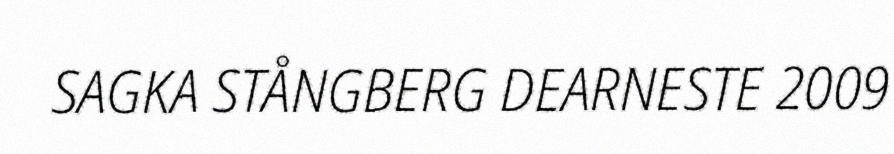
SAGKA STÅNGBERG DEARNESTE 2009